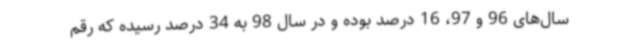
سال‌های 96 و 97، 16 درصد بوده و در سال 98 به 34 درصد رسیده که رقم